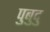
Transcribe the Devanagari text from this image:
पुबुदु